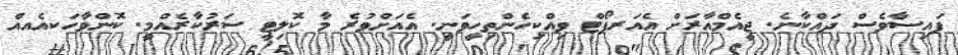
ފައިސާވެސް ދައްކާނެ. ޖީއެމްއާރަށް އެއަރޕޯޓް ވިއްކިހެންތިހީވަނީ. އެއަށްވުރެ މާ ކޮލިޓީ ސަރުކާރެއްމީ. ކޮންވާހަކއެއއް